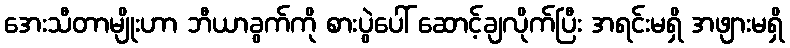
အေးသီတာမျိုးဟာ ဘီယာခွက်ကို စားပွဲပေါ် ဆောင့်ချလိုက်ပြီး အရင်းမရှိ အဖျားမရှိ